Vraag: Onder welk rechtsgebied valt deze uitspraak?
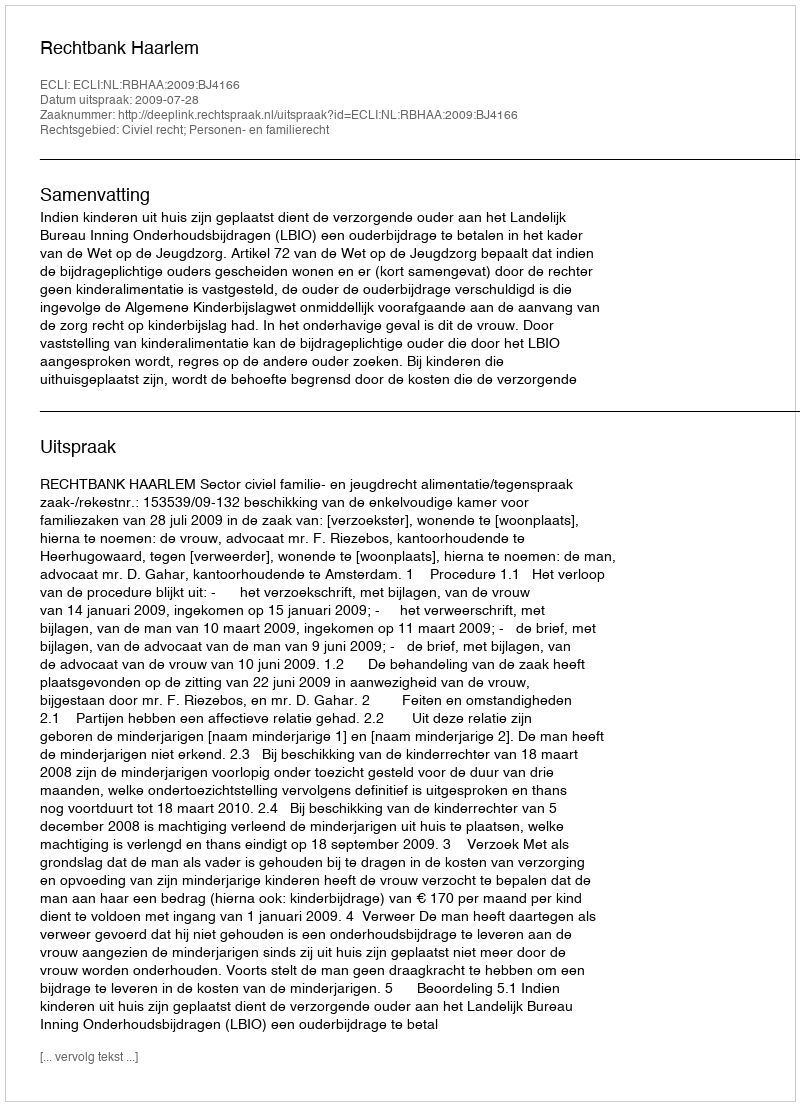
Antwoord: Civiel recht; Personen- en familierecht